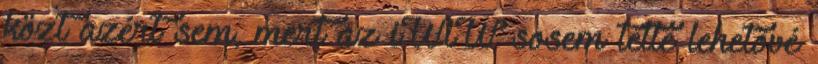
közt azért sem, mert az iWiW sosem tette lehetővé